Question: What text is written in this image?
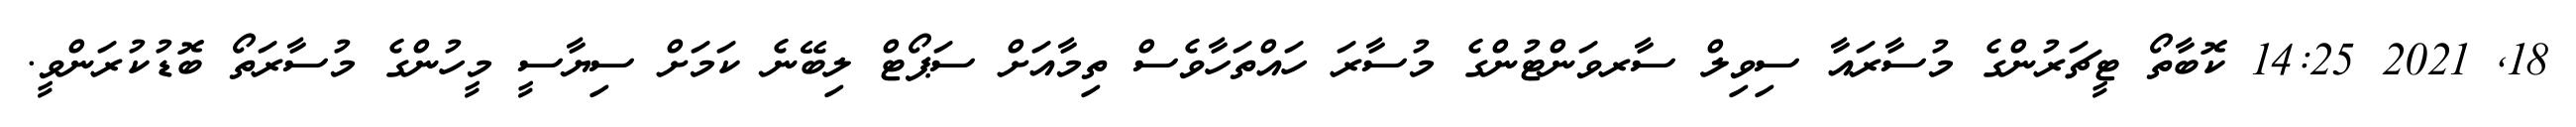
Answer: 18, 2021 14:25 ކޮބާތޯ ޓީޗަރުންގެ މުސާރައާ ސިވިލް ސާރވަންޓުންގެ މުސާރަ ހައްތަހާވެސް ތިމާއަށް ސަޕޯޓް ލިބޭނެ ކަމަށް ސިޔާސީ މީހުންގެ މުސާރަތޯ ބޮޑުކުރަންވީ.